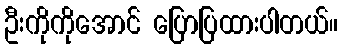
ဦးကိုကိုအောင် ပြောပြထားပါတယ်။